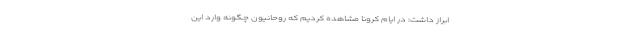
ابراز داشت: در ایام کرونا مشاهده کردیم که روحانیون چگونه وارد این